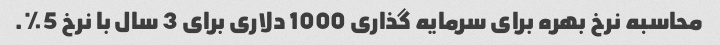
محاسبه نرخ بهره برای سرمایه گذاری 1000 دلاری برای 3 سال با نرخ 5٪.